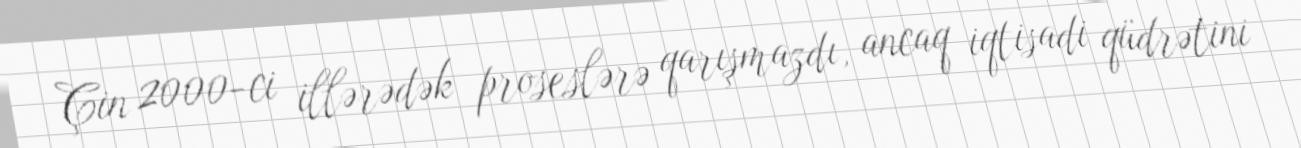
Çin 2000-ci illərədək proseslərə qarışmazdı, ancaq iqtisadi qüdrətini